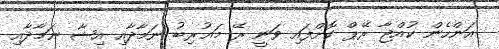
އަންހެން ކުއްޖާ ރޭޕް ކޮށްފައި ވަނީ ރޭ މަޣުރިބު ނަމާދާއި އިޝާ ނަމާދާއި